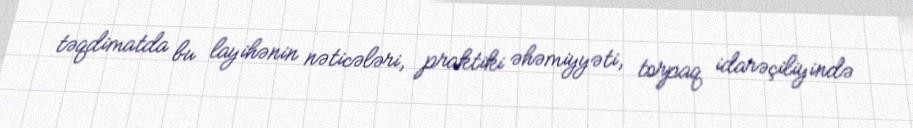
təqdimatda bu layihənin nəticələri, praktiki əhəmiyyəti, torpaq idarəçiliyində